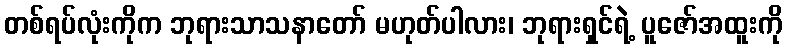
တစ်ရပ်လုံးကိုက ဘုရားသာသနာတော် မဟုတ်ပါလား၊ ဘုရားရှင်ရဲ့ ပူဇော်အထူးကို